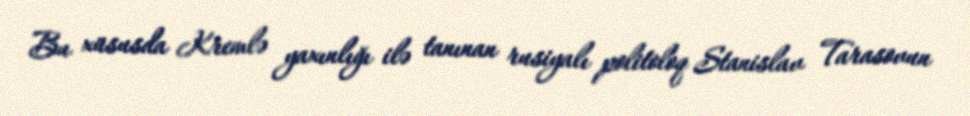
Bu xüsusda Kremlə yaxınlığı ilə tanınan rusiyalı politoloq Stanislav Tarasovun